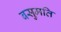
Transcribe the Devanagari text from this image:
बसुमति